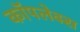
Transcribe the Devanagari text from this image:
कॉपलेक्स